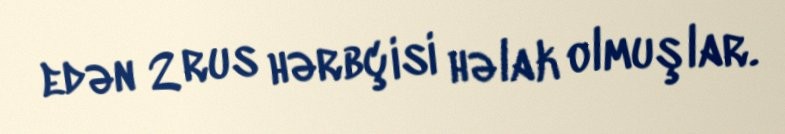
edən 2 rus hərbçisi həlak olmuşlar.